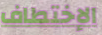
الإختطاف